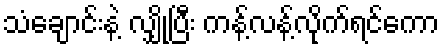
သံချောင်းနဲ့ လျှိုပြီး ကန့်လန့်လိုက်ရင်ကော